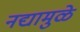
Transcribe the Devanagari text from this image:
नद्यामुळे